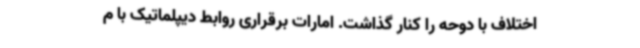
اختلاف با دوحه را کنار گذاشت. امارات برقراری روابط دیپلماتیک با م